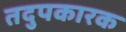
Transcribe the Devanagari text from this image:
तदुपकारक